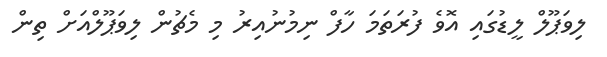
ލިވަޕޫލް ލީޑުގައި އޮވެ ފުރަތަމަ ހާފް ނިމުނުއިރު މި މެޗުން ލިވަޕޫލްއަށް ތިން